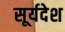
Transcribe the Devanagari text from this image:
सूर्यदेश